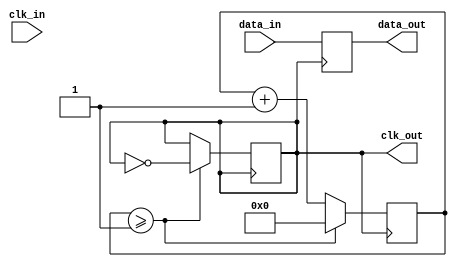
module pll_synchronizer (
    input wire clk_in,          // Incoming data clock
    input wire data_in,         // Incoming data signal
    output reg data_out,        // Synchronized output data
    output reg clk_out          // Local clock output
);

    // Parameters for the PLL
    parameter integer VCO_FREQ = 100; // VCO frequency in MHz
    parameter integer LOOP_FILTER_GAIN = 1; // Gain for loop filter

    // Internal signals
    reg [1:0] phase_error;      // Phase error signal
    reg [7:0] control_voltage;   // Control voltage for VCO
    reg [7:0] vco_counter;       // VCO counter for clock generation
    reg [1:0] sample_counter;     // Counter for sampling data

    // Phase Detector (PD)
    always @(posedge clk_in) begin
        if (data_in) begin
            phase_error <= 2'b01; // Data is ahead of clock
        end else begin
            phase_error <= 2'b10; // Data is behind clock
        end
    end

    // Loop Filter (LF)
    always @(posedge clk_in) begin
        control_voltage <= control_voltage + (phase_error * LOOP_FILTER_GAIN);
    end

    // Voltage-Controlled Oscillator (VCO)
    always @(posedge clk_out) begin
        if (vco_counter >= (100 / VCO_FREQ)) begin
            clk_out <= ~clk_out; // Toggle clock output
            vco_counter <= 8'b0;  // Reset counter
        end else begin
            vco_counter <= vco_counter + 1;
        end
    end

    // Data Sampling Circuit
    always @(posedge clk_out) begin
        data_out <= data_in; // Sample incoming data on local clock
    end

    // Initialize outputs
    initial begin
        clk_out = 0;
        data_out = 0;
        control_voltage = 0;
        vco_counter = 0;
        phase_error = 2'b00;
    end

endmodule